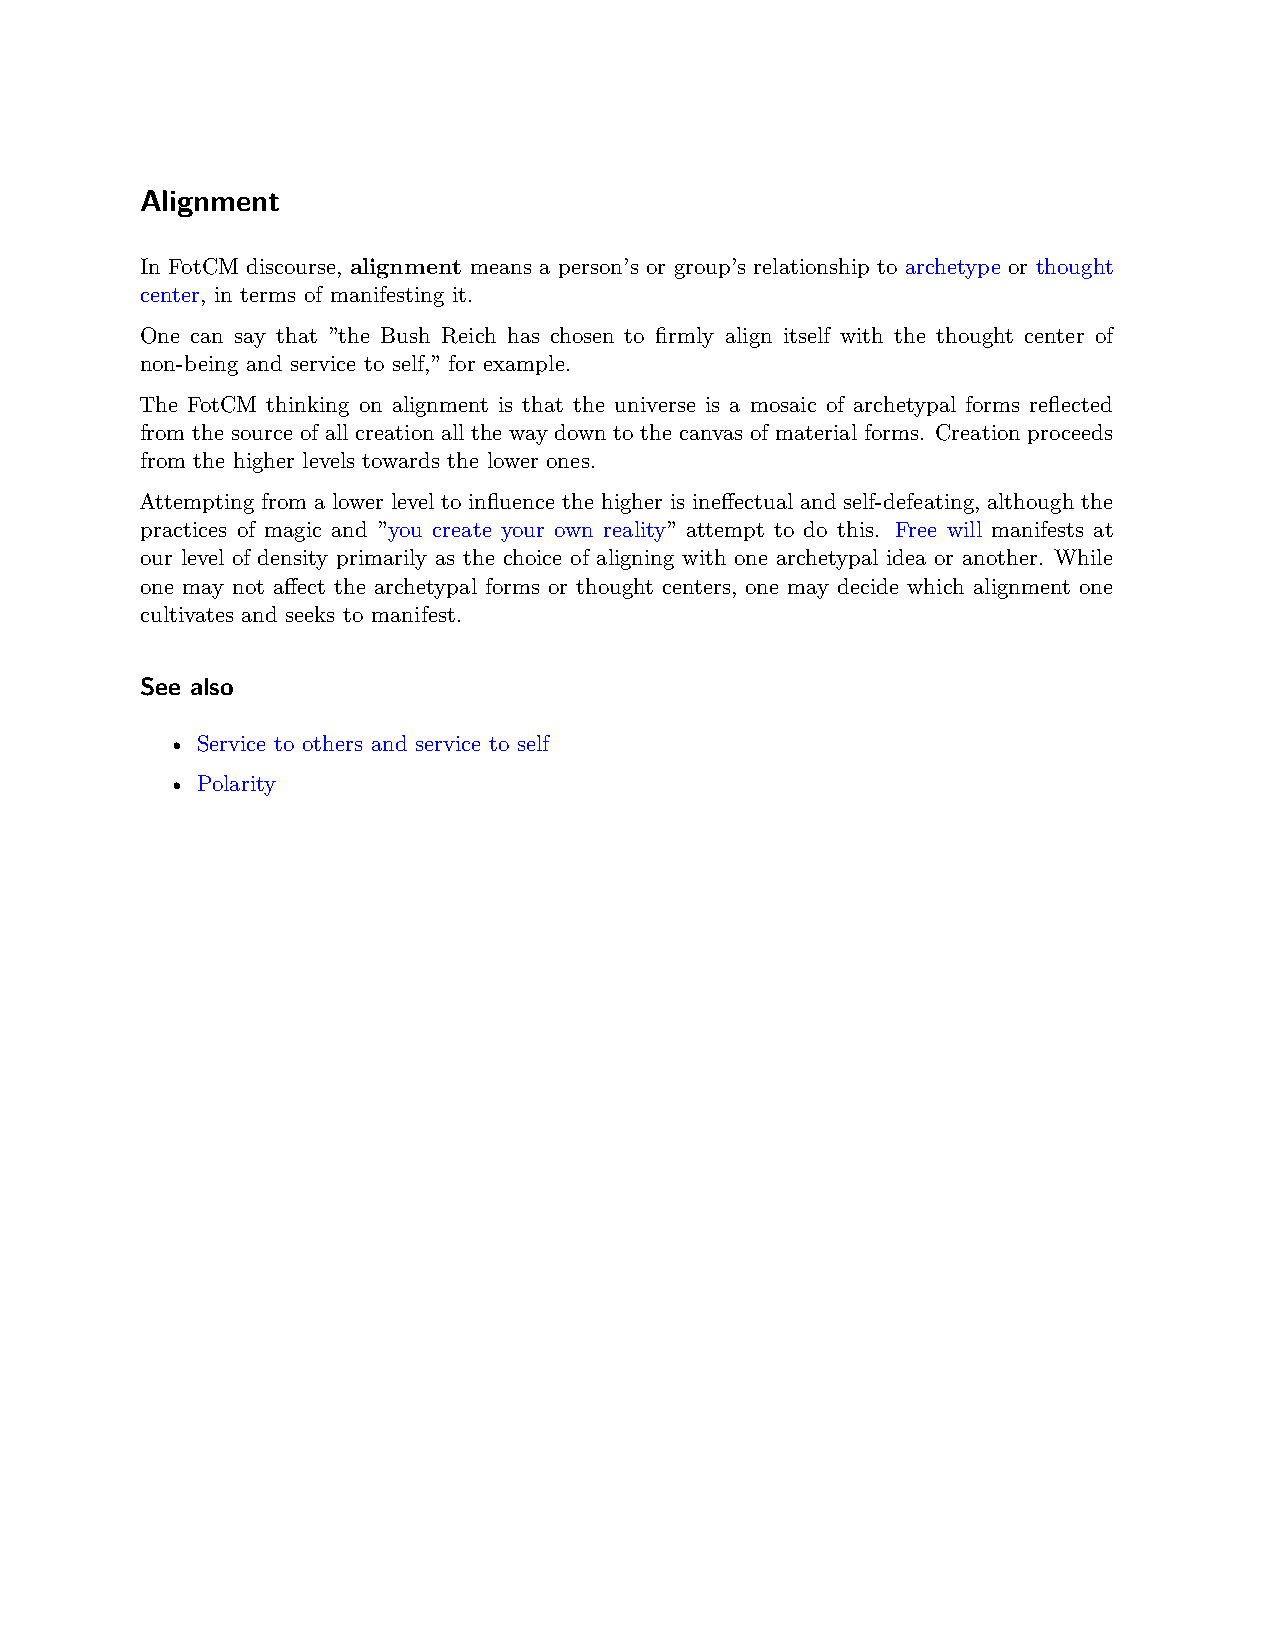
Alignment
 In FotCM discourse, alignment means a person’s or group’s relationship to archetype or thought
 center, in terms of manifesting it.
 One can say that ”the Bush Reich has chosen to firmly align itself with the thought center of
 non-being and service to self,” for example.
 The FotCM thinking on alignment is that the universe is a mosaic of archetypal forms reflected
 from the source of all creation all the way down to the canvas of material forms. Creation proceeds
 from the higher levels towards the lower ones.
 Attempting from a lower level to influence the higher is ineffectual and self-defeating, although the
 practices of magic and ”you create your own reality” attempt to do this. Free will manifests at
 our level of density primarily as the choice of aligning with one archetypal idea or another. While
 one may not affect the archetypal forms or thought centers, one may decide which alignment one
 cultivates and seeks to manifest.
 See also
 • Service to others and service to self
 • Polarity